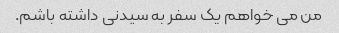
من می خواهم یک سفر به سیدنی داشته باشم.